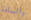
والسادة